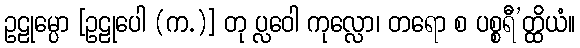
ဥဠုမ္ပော [ဥဠုပေါ (က.)] တု ပ္လဝေါ ကုလ္လော၊ တရော စ ပစ္စရီ’တ္ထိယံ။